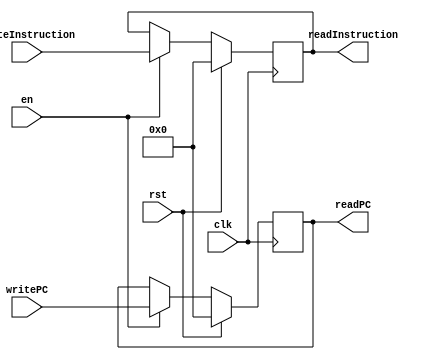
module IFIDRegs(
    input clk,
    input rst,
    input en,
    input [31:0]    writePC,     //32 or 64 bits
    input [31:0]    writeInstruction,
    output [31:0]    readPC,     //32 or 64 bits
    output [31:0]    readInstruction
);

reg [31:0] regPC;
reg [31:0] regInstruction;

always @(posedge clk) begin : WriteRegs
    if (rst == 0) begin
        if (en == 1) begin
            regPC <= writePC;
            regInstruction <= writeInstruction;
        end
    end else begin
        regPC <= 0;
        regInstruction <= 0;
    end
end

assign readPC = regPC;
assign readInstruction = regInstruction;

endmodule